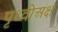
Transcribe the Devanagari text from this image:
पृथ्वीअक्ष